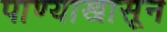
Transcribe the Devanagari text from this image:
पाण्याखासून